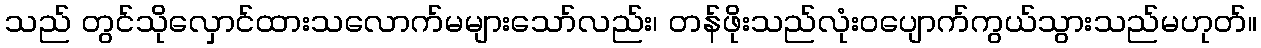
သည် တွင်သိုလှောင်ထားသလောက်မများသော်လည်း၊ တန်ဖိုးသည်လုံးဝပျောက်ကွယ်သွားသည်မဟုတ်။